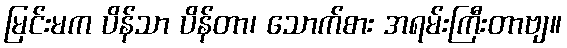
မြင်းမက ပိန်သာ ပိန်တာ၊ သောက်စား အရမ်းကြီးတာဗျ။